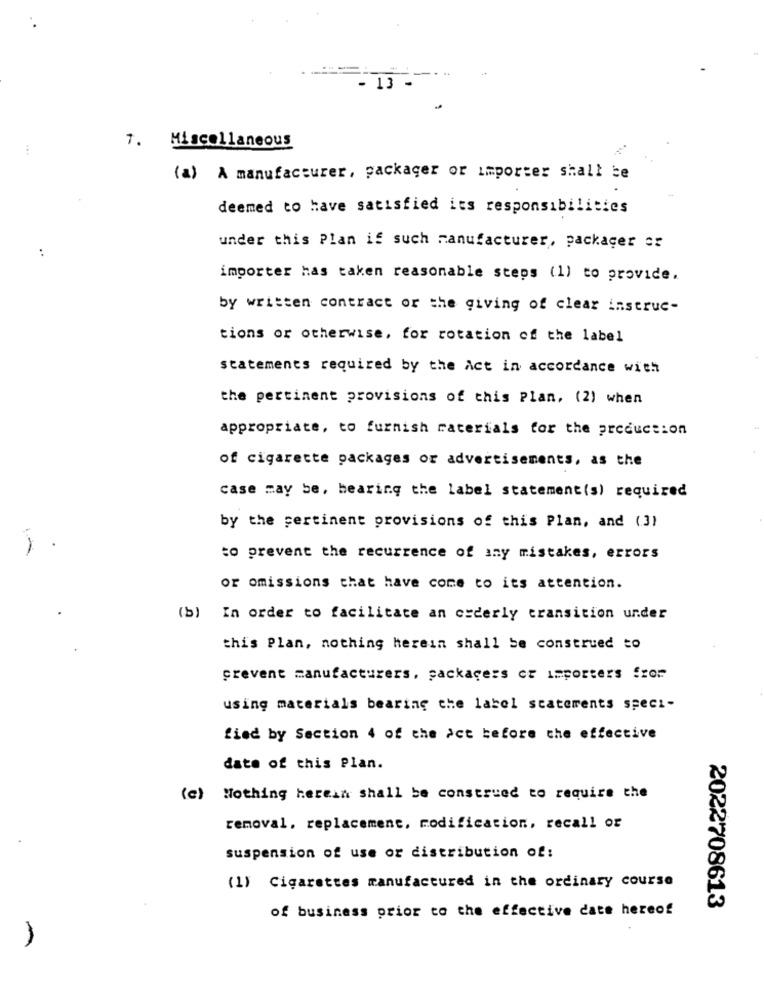
13
7. Miscellaneous
...
(a) A manufacturer, packager or importer shall be
deemed to have satisfied its responsibilities
:
under this Plan if such manufacturer, packager er
importer has taken reasonable steps (1) to provide.
by written contract or the giving of clear instruc-
tions or otherwise, for rotation of the label
statements required by the Act in accordance with
the pertinent provisions of this Plan, (2) when
appropriate, to furnish materials for the production
of cigarette packages or advertisements, as the
case may be, bearing the label statement(s) required
by the pertinent provisions of this Plan, and (3)
to prevent the recurrence of any mistakes, errors
or omissions that have come to its attention.
(b)
In order to facilitate an orderly transition under
this Plan, nothing herein shall be construed to
prevent manufacturers, packagers cr importers fror
using materials bearing the label statements speci-
fied by Section 4 of the act before the effective
date of this Plan.
(c) Nothing herein shall be construed to require the
removal, replacement, modification, recall or
suspension of use or distribution of:
(1) Cigarettes manufactured in the ordinary course
of business prior to the effective date hereof
2022708613